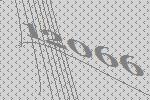
12066